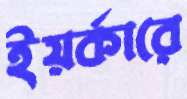
ইয়র্কারে